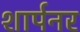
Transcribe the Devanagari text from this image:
शार्पनर